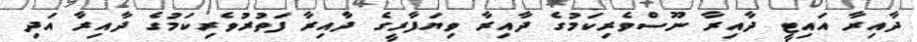
ދާއިރާ އައިޓީ ދާއިރާ ނޫސްވެރިކަމުގެ ދާއިރާ ވިޔަފާރީގެ ދާއިރާ ފަތުރުވެރިކަމުގެ ދާއިރާ އަދި